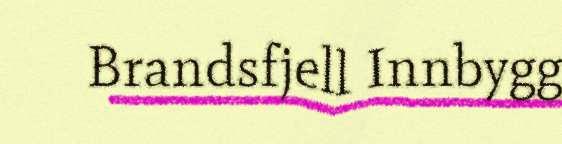
Brandsfjell Innbygg